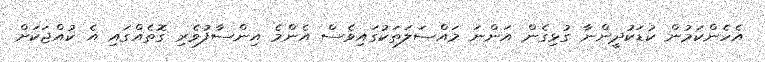
އެހެންކަމުން ކުޑަކުދީންނާ ގުޅިގެން އަންނަ މައްސަލަތަކުގައިވެސް އެންމެ އިންސާފުވެރި ގޮތެއްގައި އެ ކުއްޖަކަށް